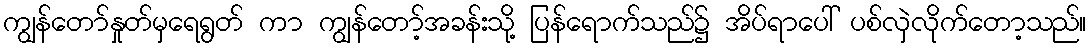
ကျွန်တော်နှုတ်မှရေရွတ် ကာ ကျွန်တော့်အခန်းသို့ ပြန်ရောက်သည်၌ အိပ်ရာပေါ် ပစ်လှဲလိုက်တော့သည်။